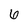
Character: 6